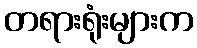
တရားရုံးများက